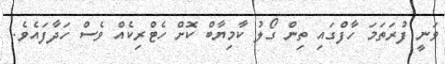
ވަނީ ފުރަތަމަ ހާފްގައި ތިން ގޯލު ކާމިޔާބް ކޮށް ހެޓްރިކެއް ވެސް ހަދާފައެވެ.